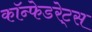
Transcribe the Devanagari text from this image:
कॉन्फेडरेट्स